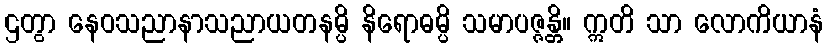
ဌတွာ နေဝသညာနာသညာယတနမ္ပိ နိရောဓမ္ပိ သမာပဇ္ဇန္တိ။ ဣတိ သာ လောကိယာနံ